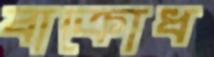
বাক্‌রোধ